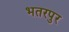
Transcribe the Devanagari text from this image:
भतरपुर